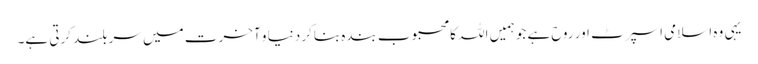
یہی وہ اسلامی اسپرٹ اور روح ہے جو ہمیں اللہ کا محبوب بندہ بناکر دنیا و آخرت میں سر بلند کرتی ہے۔